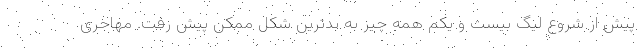
پیش از شروع لیگ بیست و یکم همه چیز به بدترین شکل ممکن پیش رفت. مهاجری